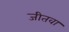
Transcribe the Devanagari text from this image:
जीतवा